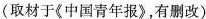
(取材于《中国青年报》有删改）